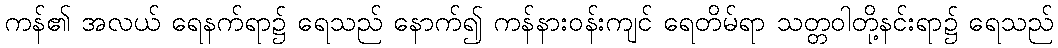
ကန်၏ အလယ် ရေနက်ရာ၌ ရေသည် နောက်၍ ကန်နားဝန်းကျင် ရေတိမ်ရာ သတ္တဝါတို့နင်းရာ၌ ရေသည်